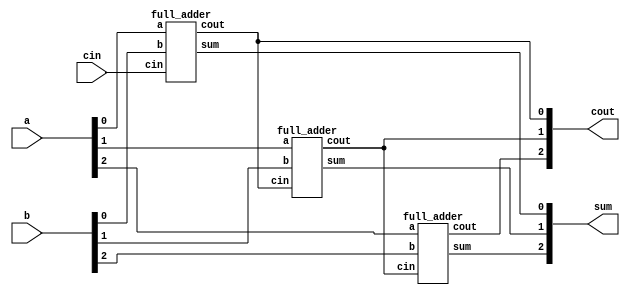
module top_module( 
    input [2:0] a, b,
    input cin,
    output [2:0] cout,
    output [2:0] sum );

full_adder full_adder_0(.a(a[0]),
                        .b(b[0]),
                        .cin(cin),
                        .cout(cout[0]),
                        .sum(sum[0]));

full_adder full_adder_1(.a(a[1]),
                        .b(b[1]),
                        .cin(cout[0]),
                        .cout(cout[1]),
                        .sum(sum[1]));
full_adder full_adder_2(.a(a[2]),
                        .b(b[2]),
                        .cin(cout[1]),
                        .cout(cout[2]),
                        .sum(sum[2]));

endmodule

module full_adder( 
    input a, b, cin,
    output cout, sum );

assign cout = (a & b & cin) | (a & b & ~cin) | (~a & b & cin) | (a & ~b & cin);
assign sum = a ^ b ^ cin;

endmodule